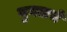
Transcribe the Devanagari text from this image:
गुगलचे